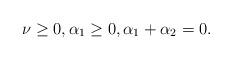
LaTeX: \begin{align*}\nu\geq 0, \alpha_1\geq 0,\alpha_1+\alpha_2=0.\end{align*}